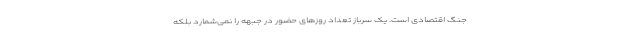
جنگ اقتصادی است. یک سرباز تعداد روزهای حضور در جبهه را نمی‌شمارد بلکه